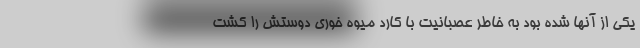
یکی از آنها شده بود به خاطر عصبانیت با کارد میوه خوری دوستش را کشت